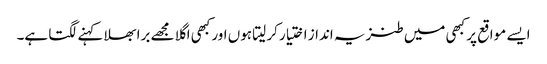
ایسے مواقع پر کبھی میں طنزیہ انداز اختیار کر لیتا ہوں اور کبھی اگلا مجھے برا بھلا کہنے لگتا ہے۔